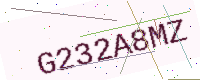
Text: G232A8MZ